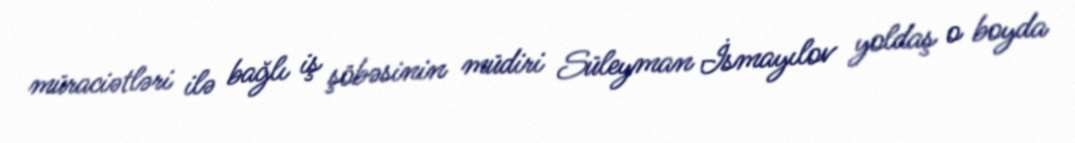
müraciətləri ilə bağlı iş şöbəsinin müdiri Süleyman İsmayılov yoldaş o boyda